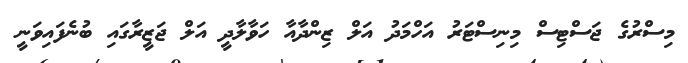
މިސްރުގެ ޖަސްޓިސް މިނިސްޓަރު އަހްމަދު އަލް ޒިންދާއާ ހަވާލާދީ އަލް ޖަޒީރާގައި ބުނެފައިވަނީ